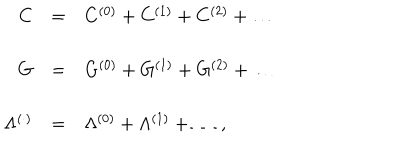
\begin{array} { r c l } { { C } } & { { = } } & { { C ^ { ( 0 ) } + C ^ { ( 1 ) } + C ^ { ( 2 ) } + \ldots } } \\ { { } } & { { } } & { { } } \\ { { G } } & { { = } } & { { G ^ { ( 0 ) } + G ^ { ( 1 ) } + G ^ { ( 2 ) } + \ldots } } \\ { { } } & { { } } & { { } } \\ { { \Lambda ^ { ( \cdot ) } } } & { { = } } & { { \Lambda ^ { ( 0 ) } + \Lambda ^ { ( 1 ) } + \ldots \, , } } \\ \end{array}